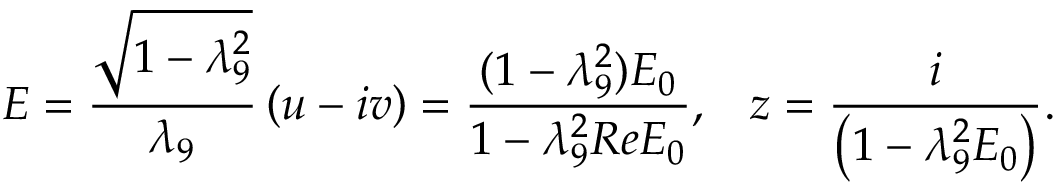
{ \cal E } = \frac { \sqrt { 1 - \lambda _ { 9 } ^ { 2 } } } { \lambda _ { 9 } } \left( u - i v \right) = \frac { ( 1 - \lambda _ { 9 } ^ { 2 } ) { \cal E } _ { 0 } } { 1 - \lambda _ { 9 } ^ { 2 } R e { \cal E } _ { 0 } } , \; \; \; z = \frac { i } { \left( 1 - \lambda _ { 9 } ^ { 2 } { \cal E } _ { 0 } \right) } .